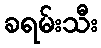
ခရမ်းသီး